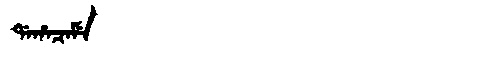
Manchu: ᡩᠠᡥᠠᠴᠠᠮᡝ
Romanization: DAHACAME